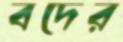
বদের